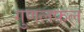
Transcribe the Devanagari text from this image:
गुणलफल